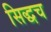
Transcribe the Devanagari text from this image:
सिद्धच